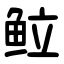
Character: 䲞